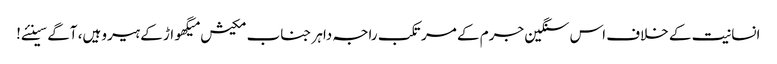
انسانیت کے خلاف اس سنگین جرم کے مرتکب راجہ داہر جناب مکیش میگھواڑ کے ہیرو ہیں، آگے سینئے!